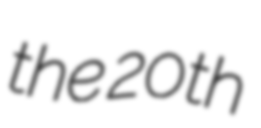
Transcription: the 20th